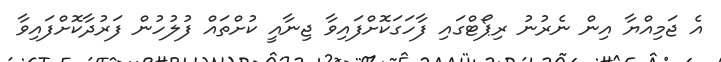
އެ ޖަމިއްޔާ އިން ނެރުނު ރިޕޯޓްގައި ފާހަގަކޮށްފައިވާ ޖިނާއީ ކުށްތައް ފުލުހުން ފަރުދާކޮށްފައިވާ